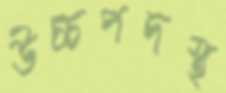
উচ্চপদস্থ